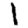
Digit: 1